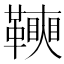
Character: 𩍟